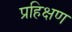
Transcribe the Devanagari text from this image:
प्रहिक्षण